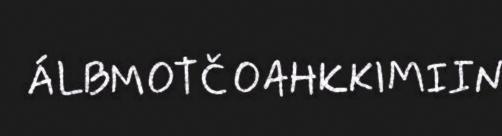
ÁLBMOTČOAHKKIMIIN